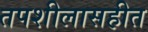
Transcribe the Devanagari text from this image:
तपशीलासहीत